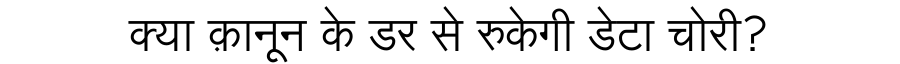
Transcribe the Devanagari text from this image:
क्या क़ानून के डर से रुकेगी डेटा चोरी?